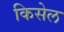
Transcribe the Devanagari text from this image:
किसेल